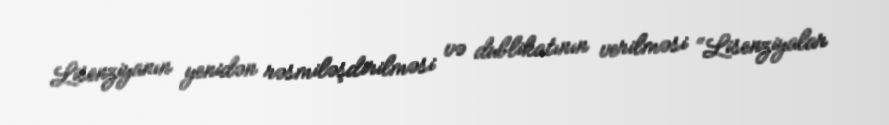
Lisenziyanın yenidən rəsmiləşdirilməsi və dublikatının verilməsi “Lisenziyalar